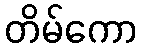
တိမ်ကော